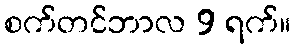
စက်တင်ဘာလ 9 ရက်။